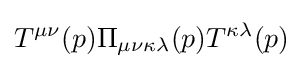
T^{\mu \nu }(p)\Pi _{\mu \nu \kappa \lambda }(p)T^{\kappa \lambda }(p)